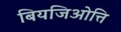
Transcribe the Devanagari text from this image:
बियजिओत्ति